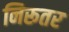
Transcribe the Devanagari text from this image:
निरूतर